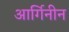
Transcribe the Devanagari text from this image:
आर्गिनीन